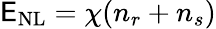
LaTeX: \mathsf{E}_{\mathrm{{NL}}}=\chi({n}_{r}+{n}_{s})